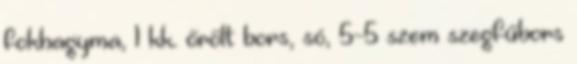
fokhagyma, 1 kk. őrölt bors, só, 5-5 szem szegfűbors